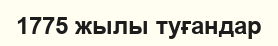
1775 жылы туғандар